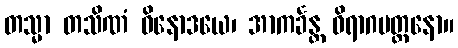
တသ္မာ တသိဏံ ဝိနောဒယေ၊ အာကင်္ခန္တ ဝိရာဂမတ္တနော။